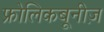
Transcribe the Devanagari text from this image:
फ्रोलिकबूनीज़